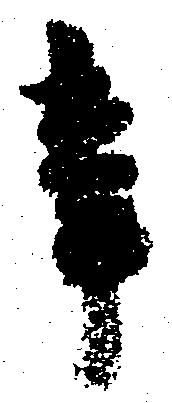
辛